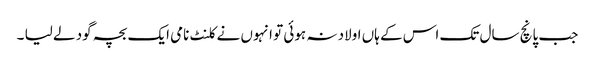
جب پانچ سال تک اس کے ہاں اولاد نہ ہوئی تو انہوں نے کلنٹ نامی ایک بچہ گود لے لیا ۔